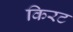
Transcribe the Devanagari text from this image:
किरट